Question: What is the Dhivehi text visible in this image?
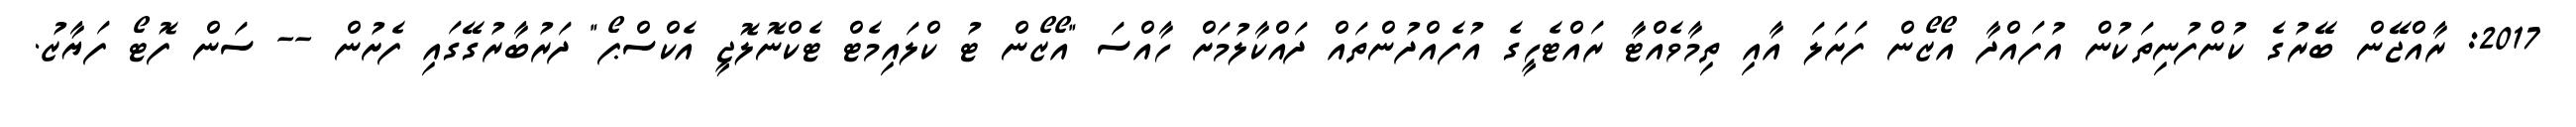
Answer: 2017: ރާއްޖޭން ބޭރުގެ ކުންފުނިތަކުން އުފައްދާ އޯޒޯން ފަށަލަ އާއި ތިމާވެއްޓާ ރައްޓެހީގެ އުފެއްދުންތައް ދައްކާލުމަށް ހާއްސަ "އޯޒޯން ޓު ކްލައިމެޓް ޓެކްނޮލޮޖީ އެކްސްޕޯ" ދަރުބާރުގޭގައި ފެށުން -- ސަން ފޮޓޯ ފަޔާޒު.